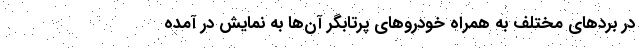
در برد‌های مختلف به همراه خودرو‌های پرتابگر آن‌ها به نمایش در آمده